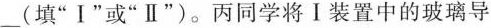
___(填”Ⅰ”或”Ⅱ”)。丙同学将Ⅰ装置中的玻璃导